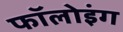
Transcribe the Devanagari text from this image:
फॉलोइंग